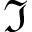
\Im